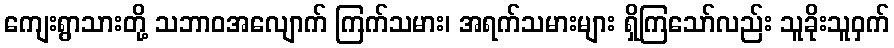
ကျေးရွာသားတို့ သဘာဝအလျောက် ကြက်သမား၊ အရက်သမားများ ရှိကြသော်လည်း သူခိုးသူဝှက်